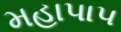
મહાપાપ